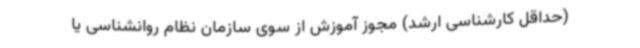
(حداقل کارشناسی ارشد) مجوز آموزش از سوی سازمان نظام روانشناسی یا